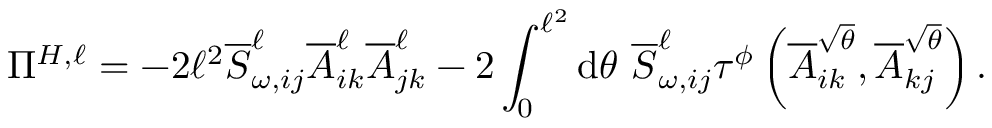
\Pi ^ { H , \ell } = - 2 \ell ^ { 2 } \overline { { S } } _ { \omega , i j } ^ { \ell } \overline { { A } } _ { i k } ^ { \ell } \overline { { A } } _ { j k } ^ { \ell } - 2 \int _ { 0 } ^ { \ell ^ { 2 } } \mathrm { d } \theta ~ \overline { { S } } _ { \omega , i j } ^ { \ell } \tau ^ { \phi } \left( \overline { { A } } _ { i k } ^ { \sqrt { \theta } } , \overline { { A } } _ { k j } ^ { \sqrt { \theta } } \right) .